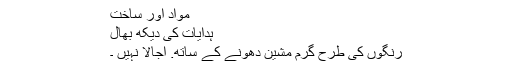
مواد اور ساخت
ہدایات کی دیکھ بھال
رنگوں کی طرح گرم مشین دھونے کے ساتھ. اجالا نہیں ۔